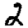
Digit: 2